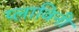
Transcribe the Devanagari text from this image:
प्लाविनी